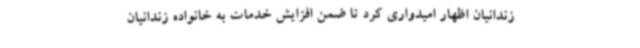
زندانیان اظهار امیدواری کرد تا ضمن افزایش خدمات به خانواده زندانیان